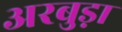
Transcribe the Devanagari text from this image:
अरबुड़ा